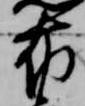
布